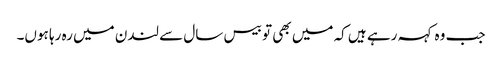
جب وہ کہہ رہے ہیں کہ میں بھی تو بیس سال سے لندن میں رہ رہا ہوں۔